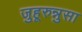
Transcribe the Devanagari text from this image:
जुहूरुन्नुसा